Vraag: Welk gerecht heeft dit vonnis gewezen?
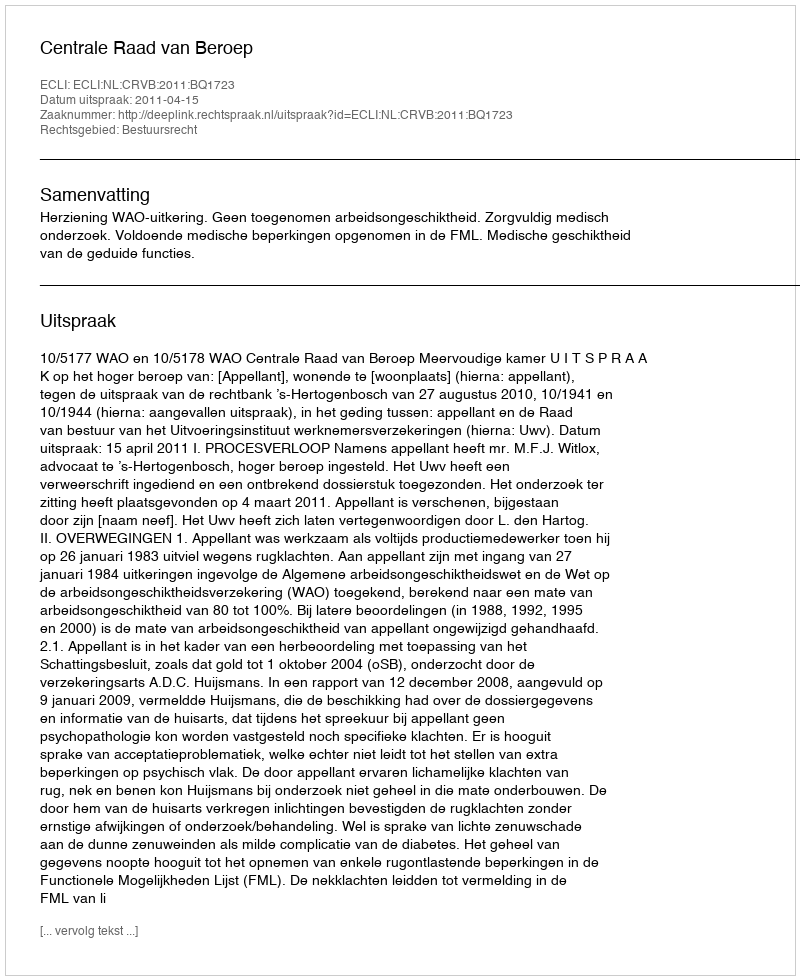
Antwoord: Centrale Raad van Beroep